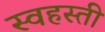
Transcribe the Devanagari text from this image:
स्वहस्ती